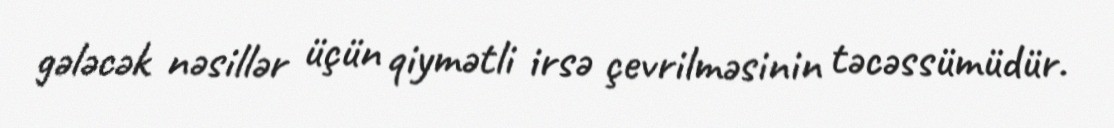
gələcək nəsillər üçün qiymətli irsə çevrilməsinin təcəssümüdür.